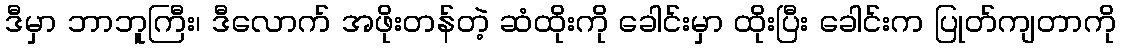
ဒီမှာ ဘာဘူကြီး၊ ဒီလောက် အဖိုးတန်တဲ့ ဆံထိုးကို ခေါင်းမှာ ထိုးပြီး ခေါင်းက ပြုတ်ကျတာကို